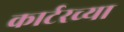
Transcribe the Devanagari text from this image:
कार्टरच्या